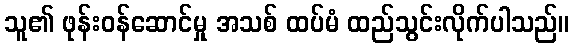
သူ၏ ဖုန်းဝန်ဆောင်မှု အသစ် ထပ်မံ ထည်သွင်းလိုက်ပါသည်။